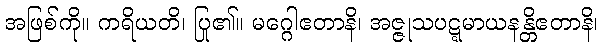
အဖြစ်ကို။ ကရိယတိ၊ ပြု၏။ မဂ္ဂေါဧတာနိ၊ အဇ္ဇုသပဋ္ဋမာယနန္တိဧတာနိ၊